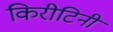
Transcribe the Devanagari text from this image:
किरीटिनी